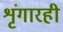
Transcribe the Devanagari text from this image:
शृंगारही